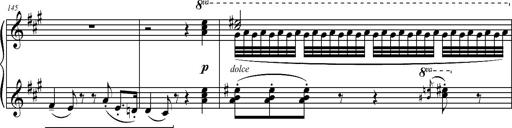
Title: 2 LÃ©gendes
Composer: Franz Liszt